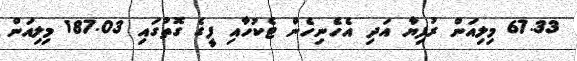
67.33 މިލިއަން ރުފިޔާ އަދި އެހެނިހެން ޓެކުހާއި ފީގެ ގޮތުގައި 187.03 މިލިއަން